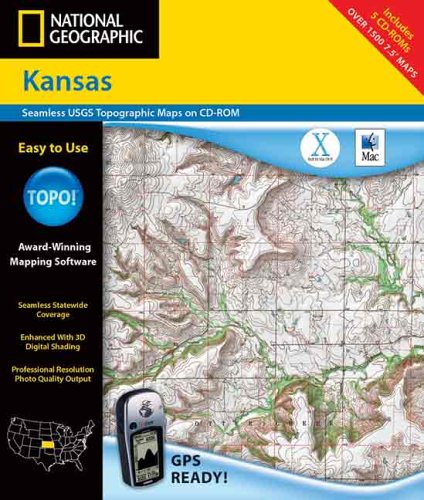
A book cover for National Geographic Kansas: Seamless USGS Topographic Maps On CD-ROM; Rand McNally; Travel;